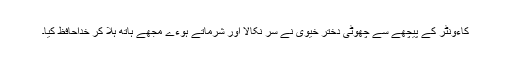
کاءونٹر کے پیچھے سے چھوٹی دختر خیوی نے سر نکالا اور شرماتے ہوءے مجھے ہاتھ ہلا کر خداحافظ کیا۔